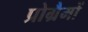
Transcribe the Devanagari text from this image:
प्रोग्रैमों